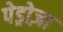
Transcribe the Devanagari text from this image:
पेड्रोज़ा